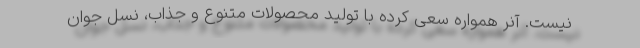
نیست. آنر همواره سعی کرده با تولید محصولات متنوع و جذاب، نسل جوان